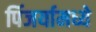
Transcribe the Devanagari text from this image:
पिंजर्यामध्ये